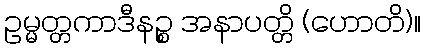
ဥမ္မတ္တကာဒီနဉ္စ အနာပတ္တိ (ဟောတိ)။